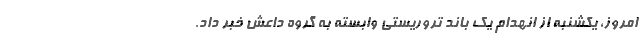
امروز، یکشنبه از انهدام یک باند تروریستی وابسته به گروه داعش خبر داد.